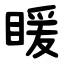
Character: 䁔